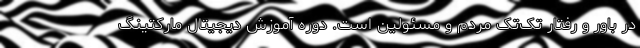
در باور و رفتار تک‌تک مردم و مسئولین است. دوره آموزش دیجیتال مارکتینگ